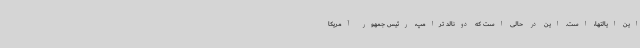
این ایالتها، است. این در حالی است که دونالد ترامپ، رئیس جمهور آمریکا